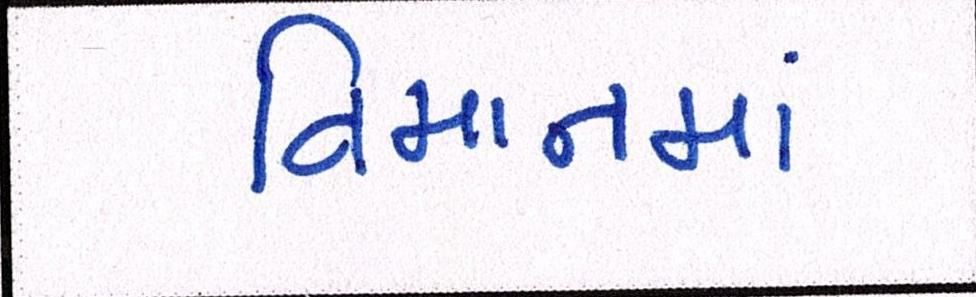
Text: વિમાનમાં